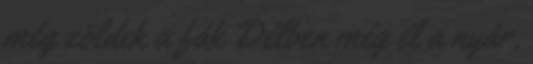
még zöldek a fák Délben még él a nyár,